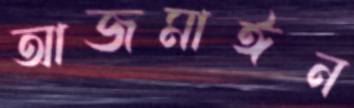
আজমাঈন